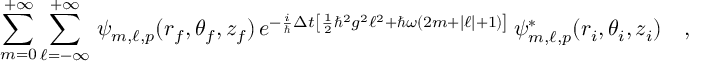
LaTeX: \sum _ { m = 0 } ^ { + \infty } \sum _ { \ell = - \infty } ^ { + \infty } \, \psi _ { m , \ell , p } ( r _ { f } , \theta _ { f } , z _ { f } ) \, e ^ { - \frac { i } { \hbar } \Delta t \left[ \frac { 1 } { 2 } \hbar ^ { 2 } g ^ { 2 } \ell ^ { 2 } + \hbar \omega ( 2 m + | \ell | + 1 ) \right] } \, \psi _ { m , \ell , p } ^ { * } ( r _ { i } , \theta _ { i } , z _ { i } ) \ \ \ ,